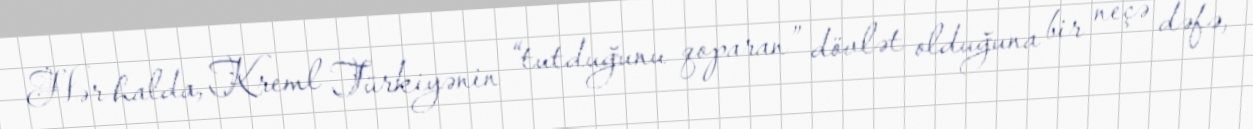
Hər halda, Kreml Türkiyənin “tutduğunu qoparan” dövlət olduğuna bir neçə dəfə,